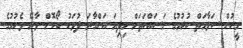
މީހުން ސަލާމަތް ކުރުމުގެ މަސައްކަތަށް މިދިޔަ އަންގާރަ ދުވަހު ބޯކޮށް ވާރޭ ވެހުމުގެ